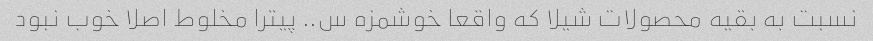
نسبت به بقیه محصولات شیلا که واقعا خوشمزه س.. پیترا مخلوط اصلا خوب نبود